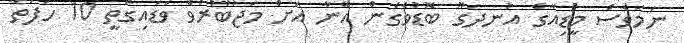
ނަމަވެސް މީޑިއާގެ އުނދަގޫ ބޮޑުވެގެން އޭނާ އަށް މަޖުބޫރުވެ ވަޑައިގަތީ 10 ހަފުތާ